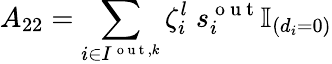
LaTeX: A_{22}=\sum_{i\in I^{\mathrm{~o~u~t~},k}}\zeta_{i}^{l}\; s_{i}^{\mathrm{~o~u~t~}}\mathbb{I}_{(d_{i}=0)}